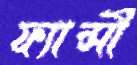
ফ্যান্সী